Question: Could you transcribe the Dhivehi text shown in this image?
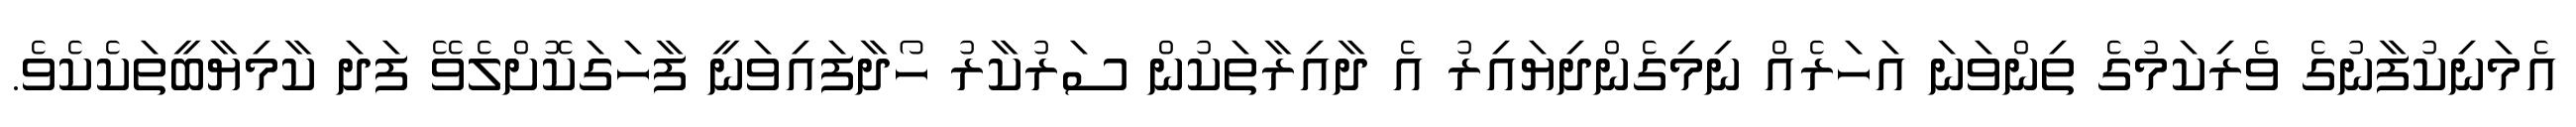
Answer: އެމަނިކުފާނުގެ ވެރިކަމުގެ ތިންވަނަ އަހަރެއް ނިމިގެންދިޔައިރު އެ ދާއިރާތަކުން ސަރުކާރު ހޯދާފައިވަނީ ފާހަގަކޮށްލެވޭ ފަދަ ކާމިޔާބީތަކެކެވެ.